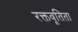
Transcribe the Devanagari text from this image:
रक्तवूतिता